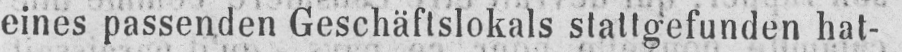
eines passenden Geschäftslokals stattgefunden hat-